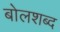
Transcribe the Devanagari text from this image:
बोलशब्द